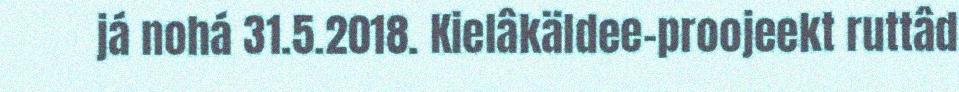
já nohá 31.5.2018. Kielâkäldee-proojeekt ruttâd